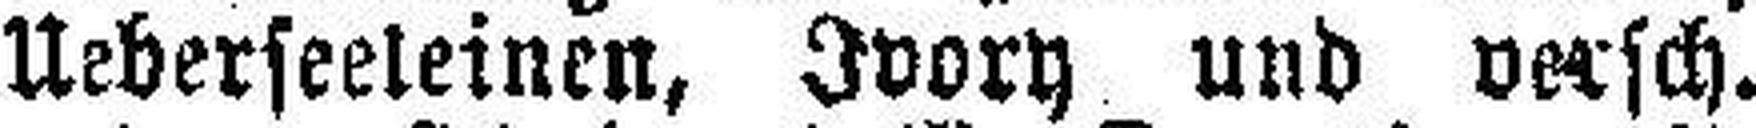
Ueberseeleinen, Ivory und versch.